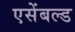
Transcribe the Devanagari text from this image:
एसेंबल्ड